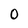
Character: O